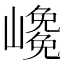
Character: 𡽡